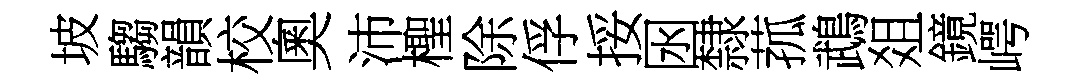
坡騶韻校奧沛檉除俘挼囦隸菰鵡爼鏡崿